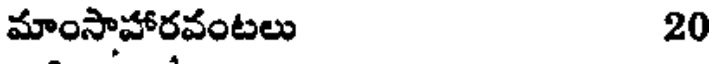
మాంసాహారవంటలు 20